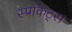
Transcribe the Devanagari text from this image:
स्प्रोकेट्स